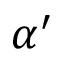
\alpha ^ { \prime }